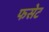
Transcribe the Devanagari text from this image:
फसेट